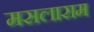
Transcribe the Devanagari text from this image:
मसलाराम